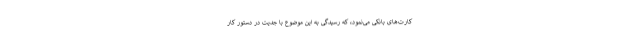
کارت‌های بانکی می‌نمود، که رسیدگی به این موضوع با جدیت در دستور کار